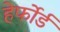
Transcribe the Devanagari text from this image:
हेर्फोर्ड